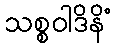
သစ္စဝါဒိနိံ